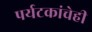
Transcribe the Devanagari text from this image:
पर्यटकांचेही